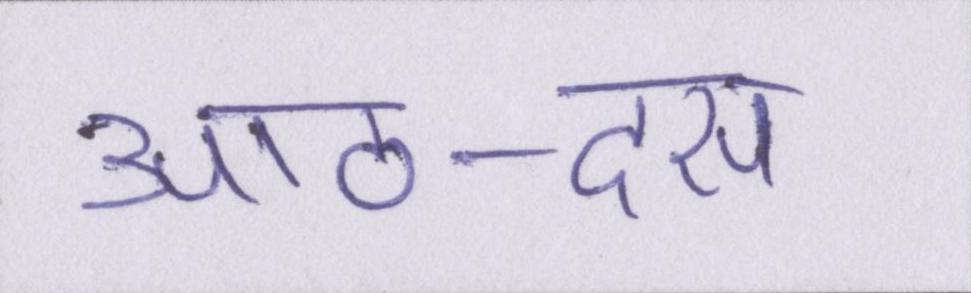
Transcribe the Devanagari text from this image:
आठ-दस